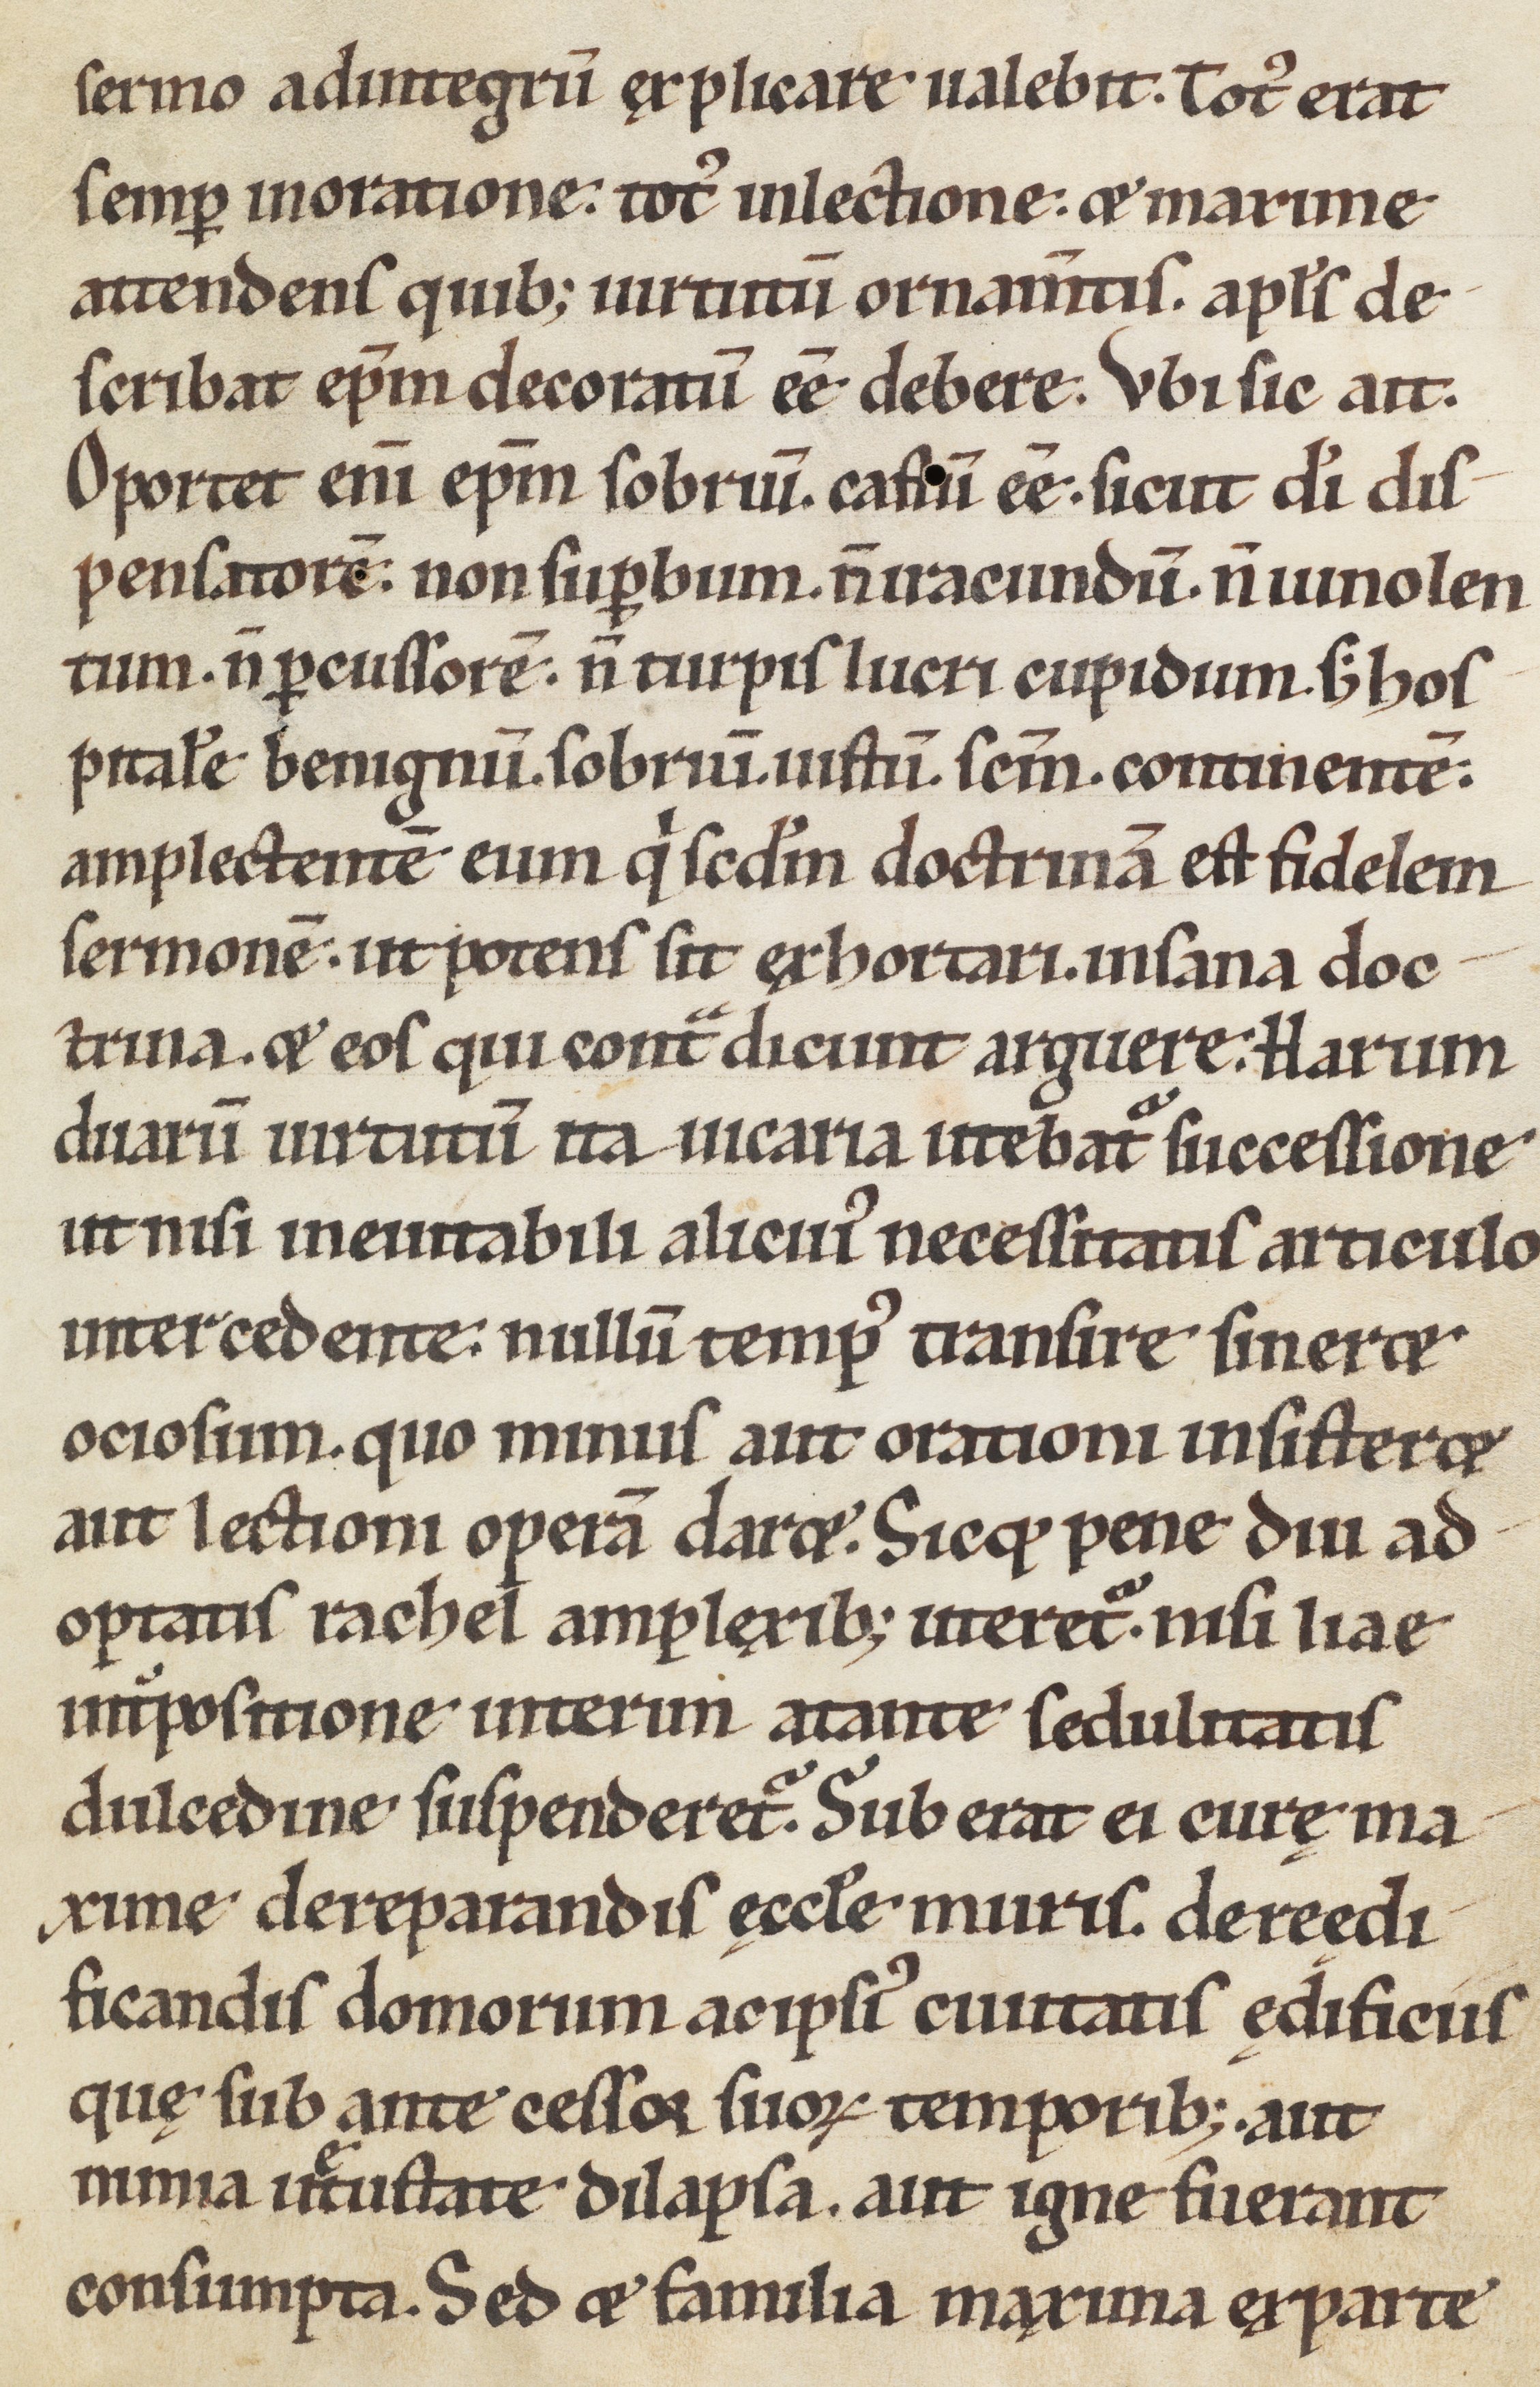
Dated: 1185–1215